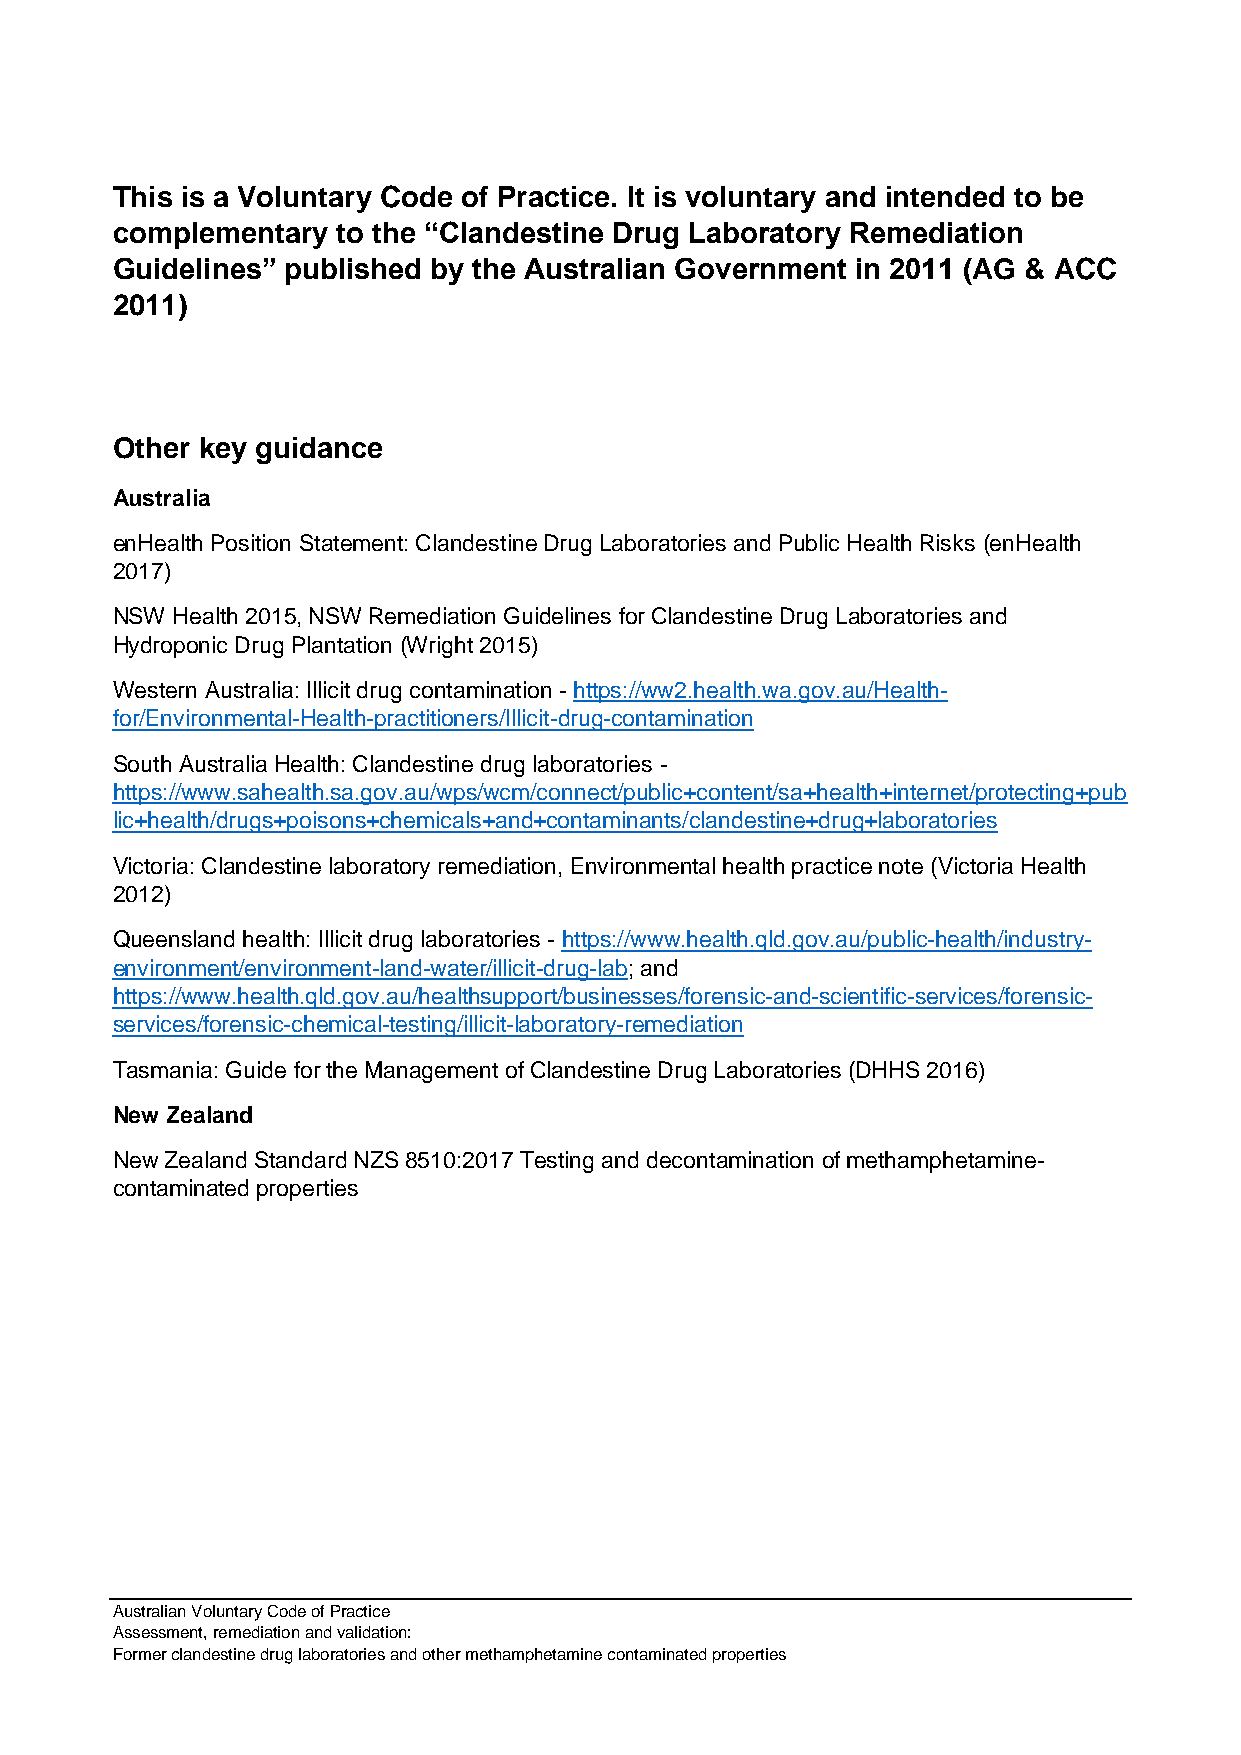
This is a Voluntary Code of Practice. It is voluntary and intended to be
 complementary  to the “Clandestine Drug Laboratory Remediation
 Guidelines” published by the Australian Government in 2011 (AG & ACC
 2011)
 Other key guidance
 Australia
 enHealth Position Statement: Clandestine Drug Laboratories and Public Health Risks (enHealth
 2017)
 NSW Health 2015, NSW Remediation Guidelines for Clandestine Drug Laboratories and
 Hydroponic Drug Plantation (Wright 2015)
 Western Australia: Illicit drug contamination - https://ww2.health.wa.gov.au/Health-
 for/Environmental-Health-practitioners/Illicit-drug-contamination
 South Australia Health: Clandestine drug laboratories -
 https://www.sahealth.sa.gov.au/wps/wcm/connect/public+content/sa+health+internet/protecting+pub
 lic+health/drugs+poisons+chemicals+and+contaminants/clandestine+drug+laboratories
 Victoria: Clandestine laboratory remediation, Environmental health practice note (Victoria Health
 2012)
 Queensland health: Illicit drug laboratories - https://www.health.qld.gov.au/public-health/industry-
 environment/environment-land-water/illicit-drug-lab; and
 https://www.health.qld.gov.au/healthsupport/businesses/forensic-and-scientific-services/forensic-
 services/forensic-chemical-testing/illicit-laboratory-remediation
 Tasmania: Guide for the Management of Clandestine Drug Laboratories (DHHS 2016)
 New Zealand
 New Zealand Standard NZS 8510:2017 Testing and decontamination of methamphetamine-
 contaminated properties
 Australian Voluntary Code of Practice
 Assessment, remediation and validation:
 Former clandestine drug laboratories and other methamphetamine contaminated properties